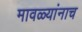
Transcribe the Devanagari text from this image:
मावळ्यांनाच